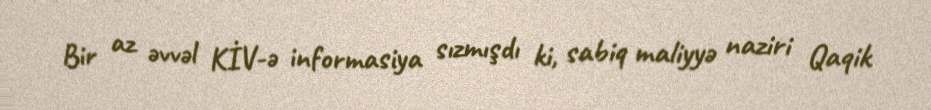
Bir az əvvəl KİV-ə informasiya sızmışdı ki, sabiq maliyyə naziri Qaqik